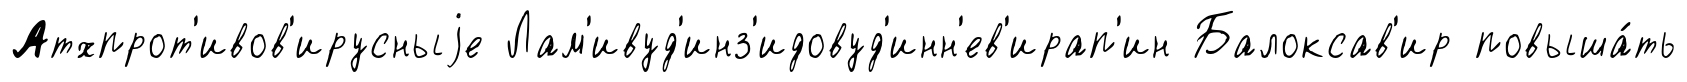
Атхпрот'ивов'ирусныjе Лам'ивуд'инз'идовуд'инн'ев'ирап'ин Балоксав'ир повыша́ть